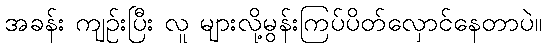
အခန်း ကျဉ်းပြီး လူ များလို့မွန်းကြပ်ပိတ်လှောင်နေတာပဲ။